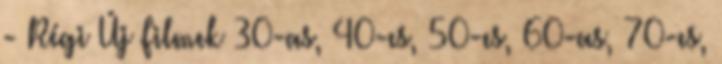
- Régi Új Filmek 30-as, 40-es, 50-es, 60-as, 70-es,